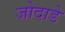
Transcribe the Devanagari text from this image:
जोदाडे